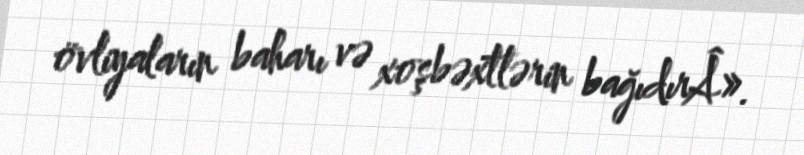
övliyaların baharı və xoşbəxtlərin bağıdırÂ».